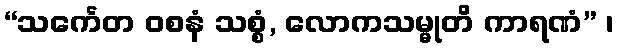
“သင်္ကေတ ဝစနံ သစ္စံ, လောကသမ္မုတိ ကာရဏံ” ၊